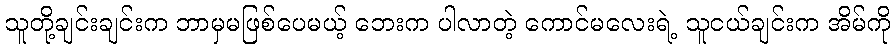
သူတို့ချင်းချင်းက ဘာမှမဖြစ်ပေမယ့် ဘေးက ပါလာတဲ့ ကောင်မလေးရဲ့ သူငယ်ချင်းက အိမ်ကို